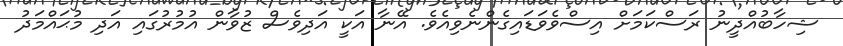
ޝިހާބުއްދީނު ރަސްކަމަށް އިސްވެވަޑައިގެންނެވިއެވެ. އޭނާ އަކީ އަދިވެސް ޒުވާން އުމުރުގައި އަދި މުޙައްމަދު